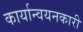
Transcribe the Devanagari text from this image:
कार्यान्‍वयनकारी